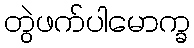
တွဲဖက်ပါမောက္ခ